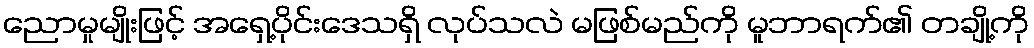
ညောမှုမျိုးဖြင့် အရှေ့ပိုင်းဒေသရှိ လုပ်သလဲ မဖြစ်မည်ကို မူဘာရက်၏ တချို့ကို